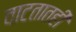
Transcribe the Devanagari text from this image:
वाटतातही